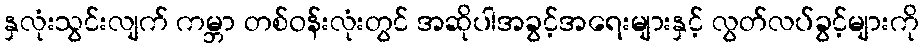
နှလုံးသွင်းလျက် ကမ္ဘာ တစ်ဝန်းလုံးတွင် အဆိုပါအခွင့်အရေးများနှင့် လွတ်လပ်ခွင့်များကို